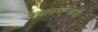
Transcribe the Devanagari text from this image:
प्रधानमन्त्रिणी